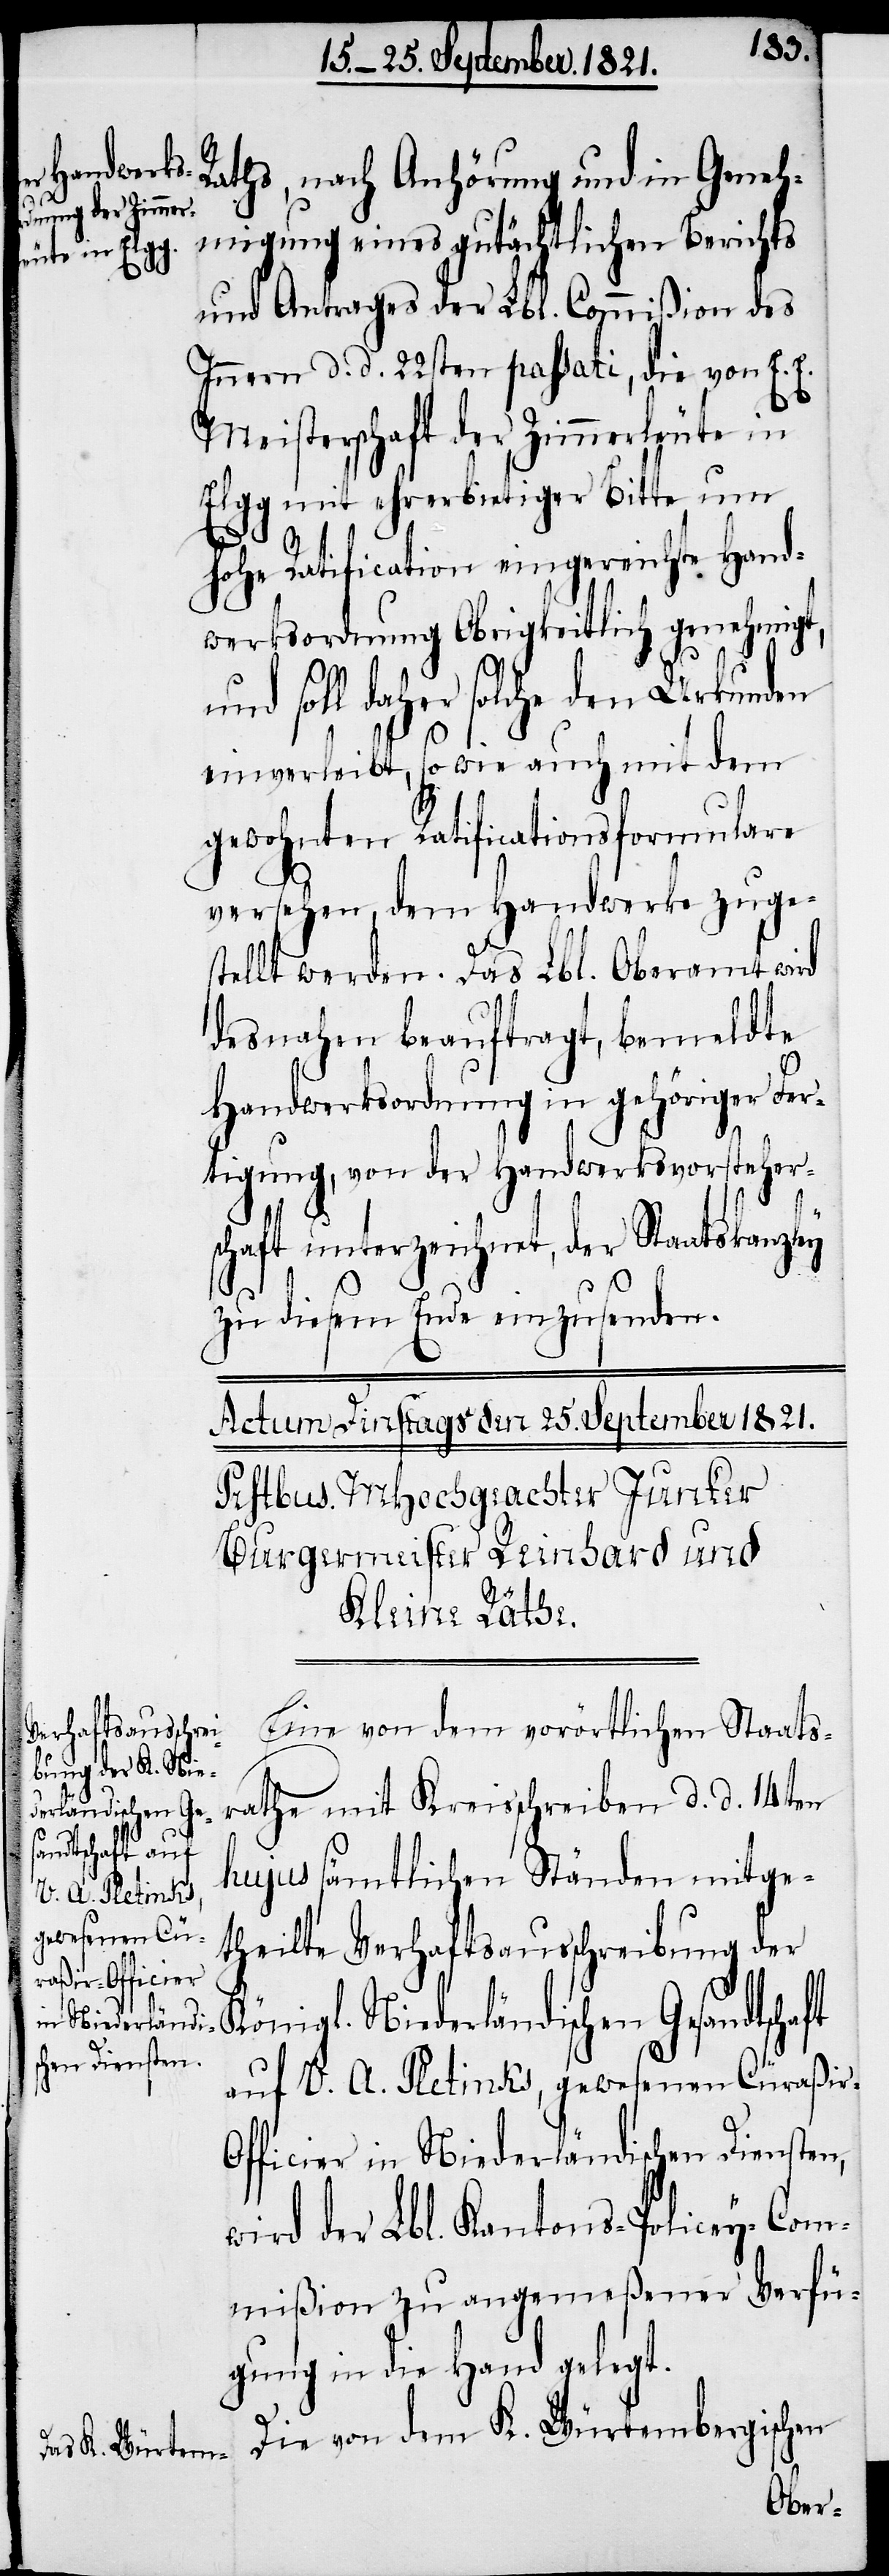
Raths, nach Anhörung und in Geneh¬
migung eines gutächtlichen Berichts
und Antrages der Lbl. Commißion des
Innern d. d. 22sten passati, die von E. E.
Meisterschaft der Zimmerleute in
Elgg mit ehrerbietiger Bitte um
hohe Ratification eingereichte Hand¬
werksordnung Obrigkeitlich genehmigt,
und soll daher solche den Urkunden
einverleibt, so wie auch mit dem
gewohnten Ratificationsformulare
versehen, dem Handwerke zuge¬
stellt werden. Das Lbl. Oberamt wird
desnahen beauftragt, bemeldte
Handwerksordnung in gehöriger Fer¬
tigung, von der Handwerksvorsteher¬
schaft unterzeichnet, der Staatskanzley
zu diesem Ende einzusenden.
Eine von dem vorörtlichen Staats¬
rathe mit Kreisschreiben d. d. 14ten
rländischen Ge¬
sandtschaft auf
hujus sämtlichen Ständen mitge¬
V. A. Pletinks,
gewesenen Cü¬
theilte Verhaftsausschreibung der
raßir-Of¬
ficier in Niederländischen Diensten,
wird der Lbl. Kantons-Policey-Com¬
mißion zu angemeßener Verfü¬
gung in die Hand gelegt.
Die von dem K. Würtembergischen